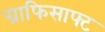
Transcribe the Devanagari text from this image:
ग्राफिसाफ्ट